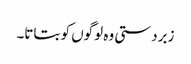
زبردستی وہ لوگوں کو بتاتا۔